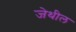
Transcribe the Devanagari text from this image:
जेथील